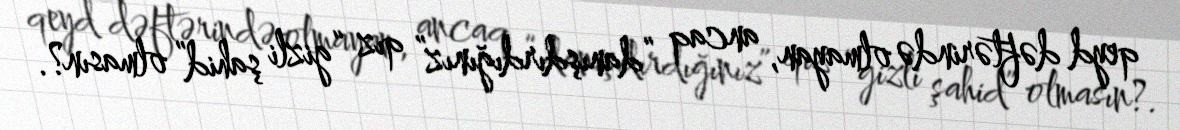
qeyd dəftərində olmayan, ancaq “danışdırdığınız” qız “gizli şahid” olmasın?.